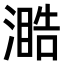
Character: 𣽋